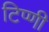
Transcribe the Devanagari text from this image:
टिप्णी